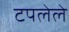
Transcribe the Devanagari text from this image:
टपलेले